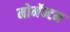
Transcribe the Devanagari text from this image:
मोमॅन्टम